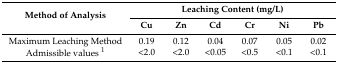
| <ROWSPAN=2> Method of Analysis | <COLSPAN=6> Leaching Content (mg/L) |
 | Cu | Zn | Cd | Cr | Ni | Pb |
 | --- | --- | --- | --- | --- | --- | --- |
 | Maximum Leaching Method | 0.19 | 0.12 | 0.04 | 0.07 | 0.05 | 0.02 |
 | Admissible values 1 | <2.0 | <2.0 | <0.05 | <0.5 | <0.1 | <0.1 |